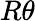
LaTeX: R\theta